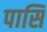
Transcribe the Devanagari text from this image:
पासि